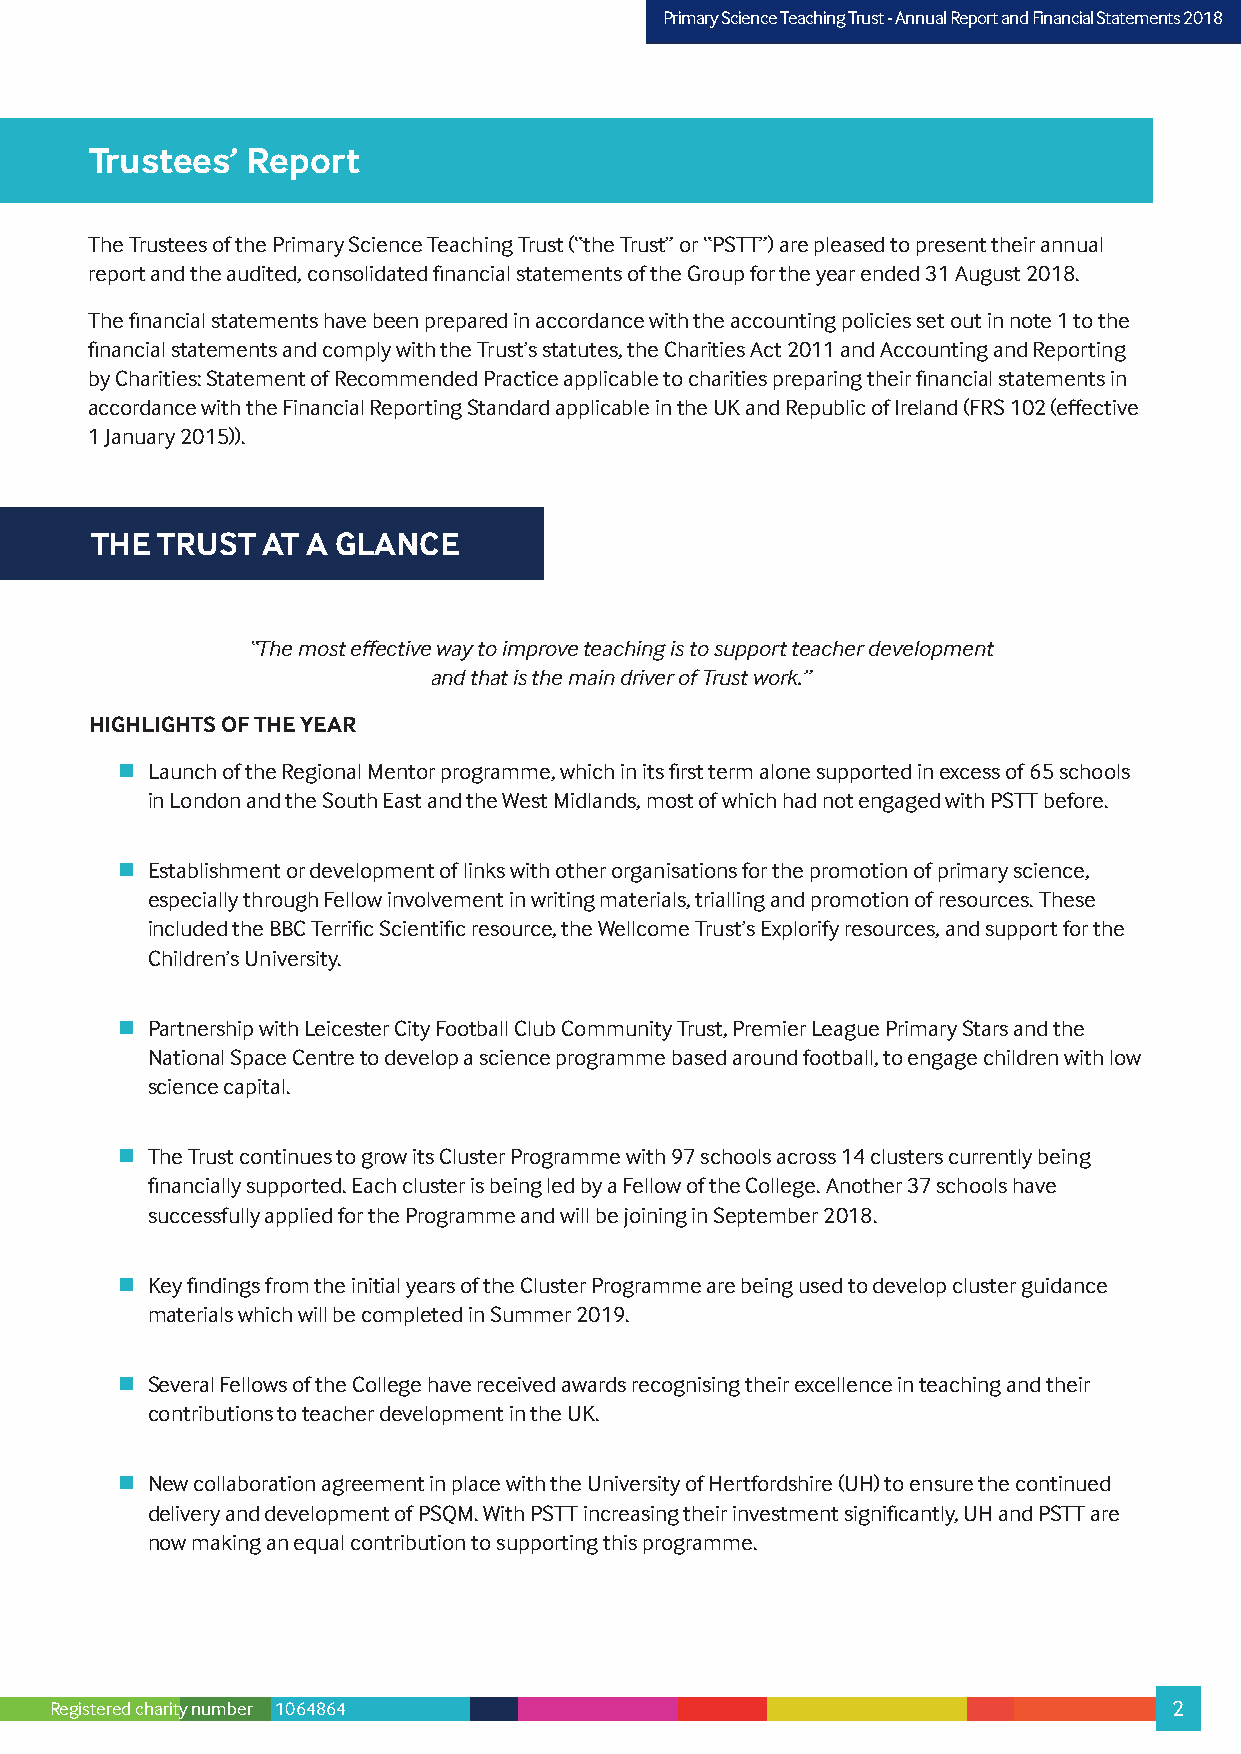
PPrriimmaarryy SScciieennccee TTeeaacchhiinngg TTrruusstt –- AAnnnnuuaall RReeppoorrtt aanndd FFiinnaanncciiaall SSttaatteemmeennttss 22001178
 Trustees’ Report
 The Trustees of the Primary Science Teaching Trust (“the Trust” or “PSTT”) are pleased to present their annual
 report and the audited, consolidated financial statements of the Group for the year ended 31 August 2018.
 The financial statements have been prepared in accordance with the accounting policies set out in note 1 to the
 financial statements and comply with the Trust’s statutes, the Charities Act 2011 and Accounting and Reporting
 by Charities: Statement of Recommended Practice applicable to charities preparing their financial statements in
 accordance with the Financial Reporting Standard applicable in the UK and Republic of Ireland (FRS 102 (effective
 1 January 2015)).
 THE TRUST  AT A GLANCE
 “The most effective way to improve teaching is to support teacher development
 and that is the main driver of Trust work.”
 HIGHLIGHTS OF THE YEAR
  Launch of the Regional Mentor programme, which in its first term alone supported in excess of 65 schools
 in London and the South East and the West Midlands, most of which had not engaged with PSTT before.
  Establishment or development of links with other organisations for the promotion of primary science,
 especially through Fellow involvement in writing materials, trialling and promotion of resources. These
 included the BBC Terrific Scientific resource, the Wellcome Trust’s Explorify resources, and support for the
 Children’s University.
  Partnership with Leicester City Football Club Community Trust, Premier League Primary Stars and the
 National Space Centre to develop a science programme based around football, to engage children with low
 science capital.
  The Trust continues to grow its Cluster Programme with 97 schools across 14 clusters currently being
 financially supported. Each cluster is being led by a Fellow of the College. Another 37 schools have
 successfully applied for the Programme and will be joining in September 2018.
  Key findings from the initial years of the Cluster Programme are being used to develop cluster guidance
 materials which will be completed in Summer 2019.
  Several Fellows of the College have received awards recognising their excellence in teaching and their
 contributions to teacher development in the UK.
  New collaboration agreement in place with the University of Hertfordshire (UH) to ensure the continued
 delivery and development of PSQM. With PSTT increasing their investment significantly, UH and PSTT are
 now making an equal contribution to supporting this programme.
 Registered charity number 1064864                                          2